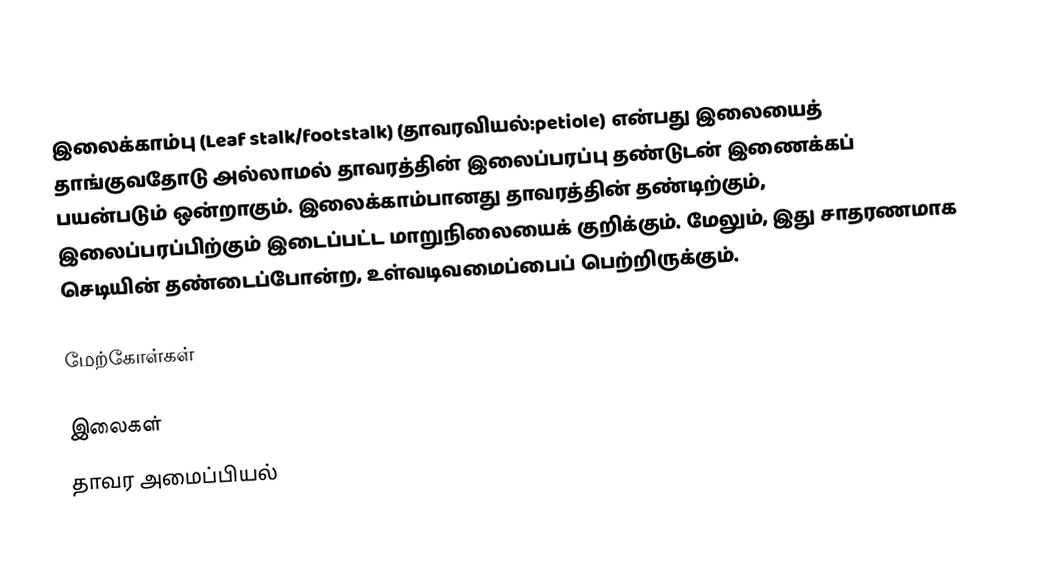
இலைக்காம்பு (Leaf stalk/footstalk) (தாவரவியல்:petiole) என்பது இலையைத் தாங்குவதோடு அல்லாமல் தாவரத்தின் இலைப்பரப்பு தண்டுடன் இணைக்கப் பயன்படும் ஒன்றாகும். இலைக்காம்பானது தாவரத்தின் தண்டிற்கும், இலைப்பரப்பிற்கும் இடைப்பட்ட மாறுநிலையைக் குறிக்கும். மேலும், இது சாதரணமாக செடியின் தண்டைப்போன்ற, உள்வடிவமைப்பைப் பெற்றிருக்கும்.

மேற்கோள்கள்

இலைகள்
தாவர அமைப்பியல்